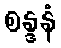
စန္ဒနံ